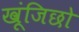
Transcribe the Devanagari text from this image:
खूंजिछो